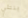
بنتلي